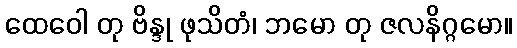
ထေဝေါ တု ဗိန္ဒု ဖုသိတံ၊ ဘမော တု ဇလနိဂ္ဂမော။